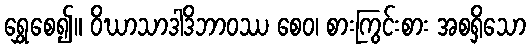
ရွှေစေ၍။ ဝိဃာသာဒါဒိဘာဝဿ စေဝ၊ စားကြွင်းစား အစရှိသော